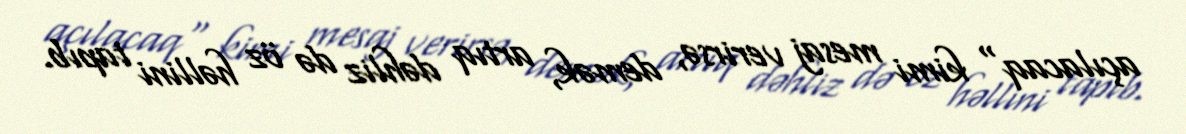
açılacaq" kimi mesaj verirsə, demək, artıq dəhliz də öz həllini tapıb.